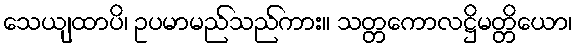
သေယျထာပိ၊ ဥပမာမည်သည်ကား။ သတ္တကောလဋ္ဌိမတ္တိယော၊